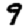
Digit: 9